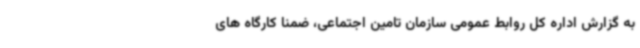
به گزارش اداره کل روابط عمومی سازمان تامین اجتماعی، ضمنا کارگاه های